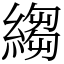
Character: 縐